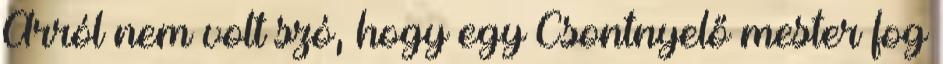
Arról nem volt szó, hogy egy Csontnyelő mester fog